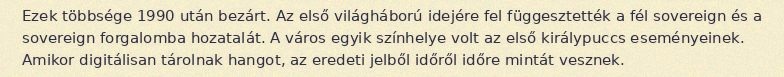
Ezek többsége 1990 után bezárt. Az első világháború idejére fel függesztették a fél sovereign és a sovereign forgalomba hozatalát. A város egyik színhelye volt az első királypuccs eseményeinek. Amikor digitálisan tárolnak hangot, az eredeti jelből időről időre mintát vesznek.